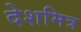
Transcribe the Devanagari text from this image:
देशमित्र